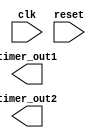
module multirate_timer (
    input wire clk,
    input wire reset,
    // Add any other input signals here

    output wire timer_out1,
    output wire timer_out2,
    // Add any other output signals here
);

// Declare any internal signals here

// Timing control and synchronization logic

// Multirate timer design using counters and state machines

endmodule